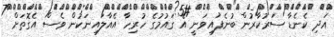
އަދި ކެނެޑާ ސަރުކާރުން ބުނެފައިވަނީ އެ ގައުމުގެ ހުރިހާ އެއާލައިނަކުން ވެސް އެގޮތަށް